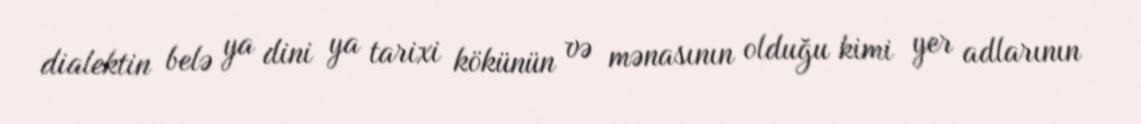
dialektin belə ya dini ya tarixi kökünün və mənasının olduğu kimi yer adlarının